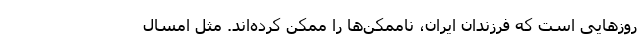
روزهایی است که فرزندان ایران،‌ ناممکن‌ها را ممکن کرده‌اند. مثل امسال